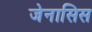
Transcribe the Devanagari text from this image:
जेनासिस